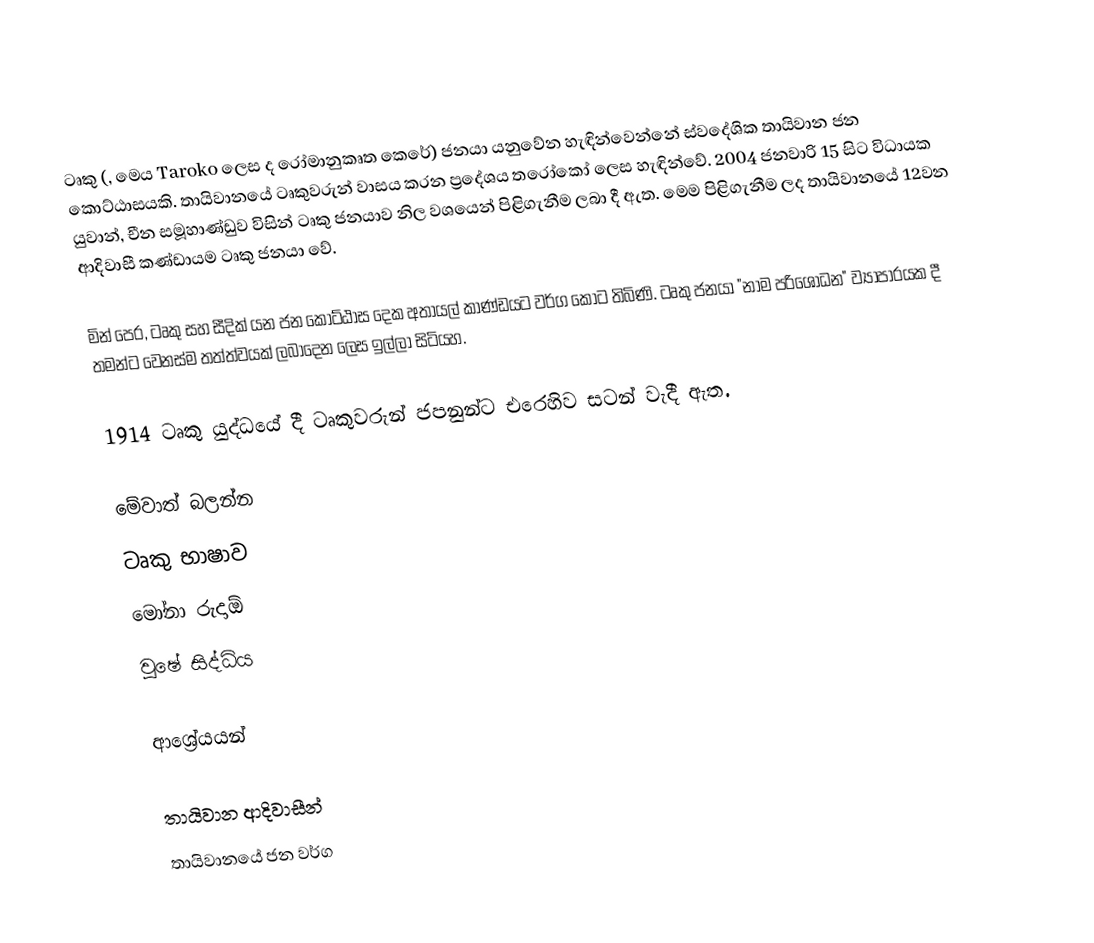
ටෘකු (, මෙය Taroko ලෙස ද රෝමානුකෘත කෙරේ) ජනයා යනුවේන හැඳින්වෙන්නේ ස්වදේශික තායිවාන ජන කොට්ඨාසයකි. තායිවානයේ ටෘකුවරුන් වාසය කරන ප්‍රදේශය තරෝකෝ ලෙස හැඳින්වේ. 2004 ජනවාරි 15 සිට විධායක යුවාන්, චීන සමූහාණ්ඩුව විසින් ටෘකු ජනයාව නිල වශයෙන් පිළිගැනීම ලබා දී ඇත. මෙම පිළිගැනීම ලද තායිවානයේ 12වන ආදිවාසී කණ්ඩායම ටෘකු ජනයා වේ.

මින් පෙර, ටෘකු සහ සීදික් යන ජන කොට්ඨාස දෙක අතායල් කාණ්ඩයට වර්ග කොට තිබිණි. ටෘකු ජනයා "නාම පරිශෝධන" ව්‍යාපාරයක දී තමන්ට වෙනස්ම තත්ත්වයක් ලබාදෙන ලෙස ඉල්ලා සිටියහ.

1914 ටෘකු යුද්ධයේ දී ටෘකුවරුන් ජපනුන්ට එරෙහිව සටන් වැදී ඇත.

මේවාත් බලන්න
ටෘකු භාෂාව
මෝනා රුදාඕ
වුෂේ සිද්ධිය

ආශ්‍රේයයන්

තායිවාන ආදිවාසීන්
තායිවානයේ ජන වර්ග